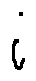
i